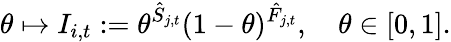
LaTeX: \theta\mapsto I_{i,t}:=\theta^{\hat{S}_{j,t}}(1-\theta)^{\hat{F}_{j,t}},\quad\theta\in[0,1].